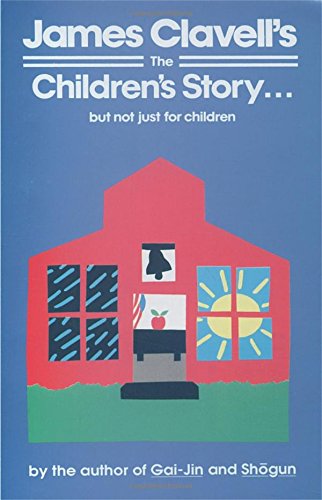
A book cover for The Children's Story; James Clavell; Literature & Fiction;